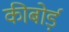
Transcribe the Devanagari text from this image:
कीबोर्ड़